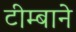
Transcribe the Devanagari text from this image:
टीम्बाने